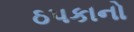
ઠપકાનો